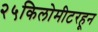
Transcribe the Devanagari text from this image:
२५किलोमीटरहून